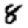
Digit: 8